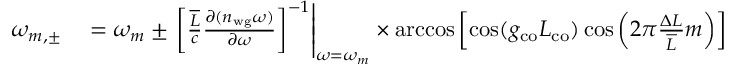
\begin{array} { r l } { \omega _ { m , \pm } } & { { } = \omega _ { m } \pm \left. \left[ \frac { \overline { { L } } } { c } \frac { \partial ( n _ { \mathrm { w g } } \omega ) } { \partial \omega } \right] ^ { - 1 } \right| _ { \omega = \omega _ { m } } \times \operatorname { a r c c o s } \left[ \cos ( g _ { \mathrm { c o } } L _ { \mathrm { c o } } ) \cos \left( 2 \pi \frac { \Delta L } { \overline { { L } } } m \right) \right] } \end{array}